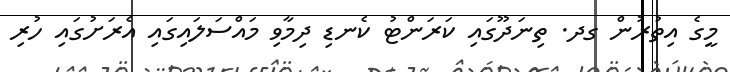
މީގެ އިތުރުން ގދ. ތިނަދޫގައި ކަރަންޓު ކެނޑި ދިމާވި މައްސަލައިގައި އެރަށުގައި ހުރި